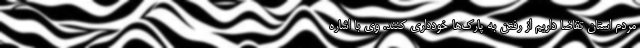
مردم استان تقاضا داریم از رفتن به پارک‌ها خودداری کنند. وی با اشاره